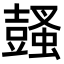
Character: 𧒕